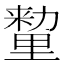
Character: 𰼛